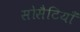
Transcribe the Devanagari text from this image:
सोसैटियाँ